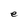
Character: e